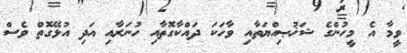
ވީމާ އެ މީހުންގެ ޝަޚުޞިއްޔަތާއި ވާހަކަ ދައްކާގޮތާއި ހުނަރާއި އަދި އުޅޭގޮތް ވެސް